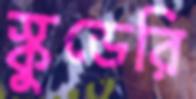
স্কুডেরি